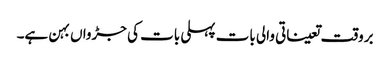
بروقت تعیناتی والی بات پہلی بات کی جڑواں بہن ہے۔